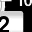
Digit: 2